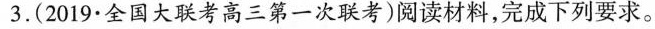
3.(2019.全国大联考高三第一次联考)阅读材料，完成下列要求。